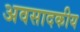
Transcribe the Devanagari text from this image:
अवसादकीय